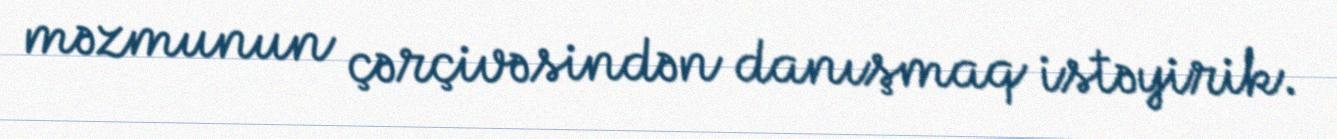
məzmunun çərçivəsindən danışmaq istəyirik.